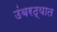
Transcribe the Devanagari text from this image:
उंबरठ्यात